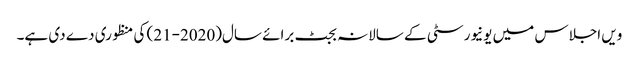
ویں اجلاس میں یونیورسٹی کے سالانہ بجٹ برائے سال(2020-21) کی منظوری دے دی ہے۔